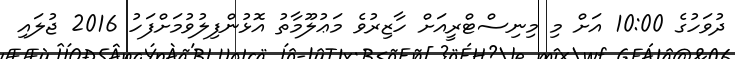
ދުވަހުގެ 10:00 އަށް މި މިނިސްޓްރީއަށް ހާޒިރުވެ މަޢުލޫމާތު އޮޅުންފިލުވުމަށްފަހު 2016 ޖުލައި